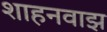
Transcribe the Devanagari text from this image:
शाहनवाझ